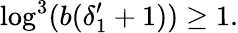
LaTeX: \log^{3}(b(\delta_{1}^{\prime}+1))\geq 1.